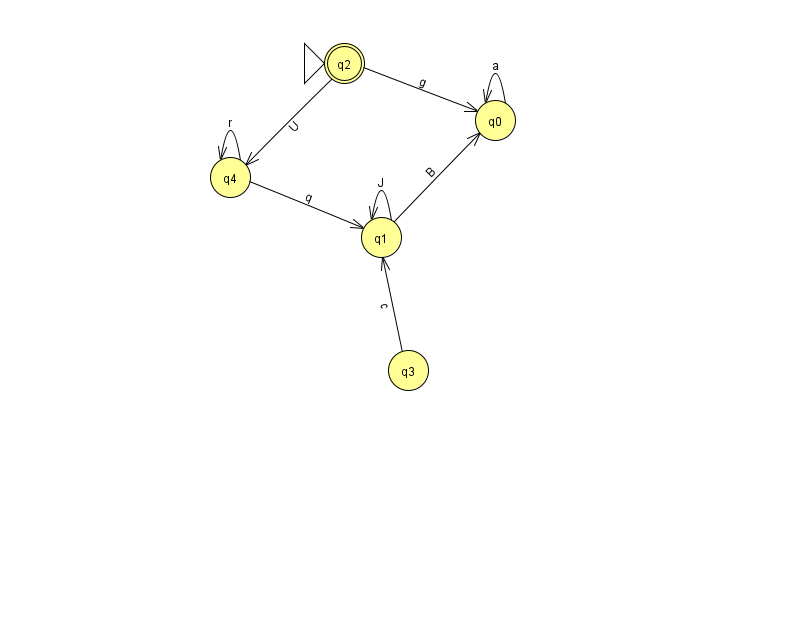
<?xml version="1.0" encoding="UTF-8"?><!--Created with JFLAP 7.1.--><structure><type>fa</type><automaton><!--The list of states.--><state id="0" name="q0"><x>495.0</x><y>107.0</y></state><state id="1" name="q1"><x>381.0</x><y>224.0</y></state><state id="2" name="q2"><x>344.0</x><y>50.0</y><initial/><final/></state><state id="3" name="q3"><x>408.0</x><y>357.0</y></state><state id="4" name="q4"><x>230.0</x><y>164.0</y></state><!--The list of transitions.--><transition><from>0</from><to>0</to><read>a</read></transition><transition><from>2</from><to>0</to><read>g</read></transition><transition><from>4</from><to>4</to><read>r</read></transition><transition><from>3</from><to>1</to><read>c</read></transition><transition><from>1</from><to>0</to><read>B</read></transition><transition><from>1</from><to>1</to><read>J</read></transition><transition><from>2</from><to>4</to><read>U</read></transition><transition><from>4</from><to>1</to><read>q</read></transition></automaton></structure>